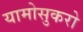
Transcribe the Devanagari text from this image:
यामोसुकरो